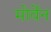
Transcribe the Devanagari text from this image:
मोर्वेन